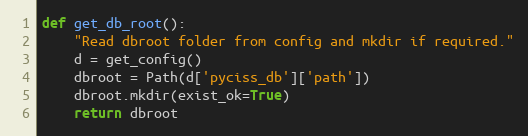
Language: Python
def get_db_root():
    "Read dbroot folder from config and mkdir if required."
    d = get_config()
    dbroot = Path(d['pyciss_db']['path'])
    dbroot.mkdir(exist_ok=True)
    return dbroot